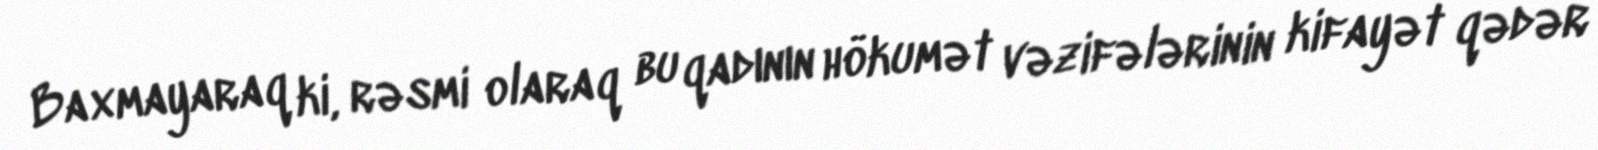
Baxmayaraq ki, rəsmi olaraq bu qadının hökumət vəzifələrinin kifayət qədər